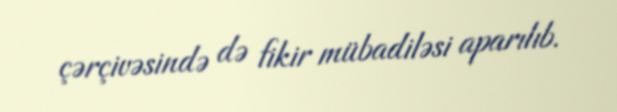
çərçivəsində də fikir mübadiləsi aparılıb.